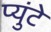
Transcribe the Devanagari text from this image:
प्युंटे